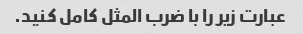
عبارت زیر را با ضرب المثل کامل کنید.